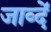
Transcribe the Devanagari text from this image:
जाव्दें